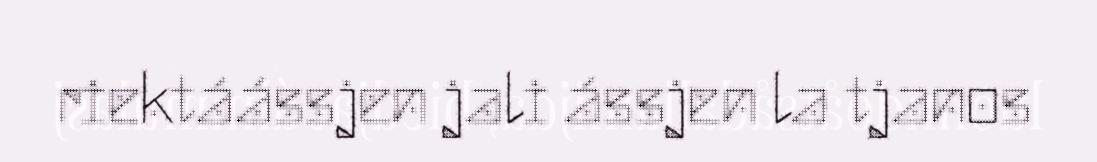
riektáássjen jali ássjen la tjanos